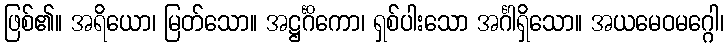
ဖြစ်၏။ အရိယော၊ မြတ်သော။ အဋ္ဌင်္ဂိကော၊ ရှစ်ပါးသော အင်္ဂါရှိသော။ အယမေဝမဂ္ဂေါ၊